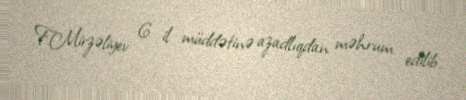
F.Mirzəliyev 6 il müddətinə azadlıqdan məhrum edilib.